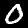
Digit: 0